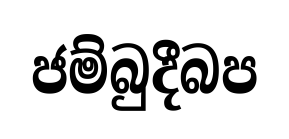
ජම්බුදීබප